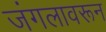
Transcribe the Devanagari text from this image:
जंगलावरून